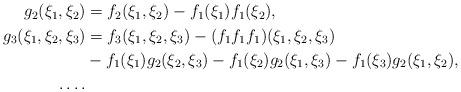
LaTeX: \begin{align*}\begin{aligned}g_2(\xi_1,\xi_2) &= f_2(\xi_1,\xi_2) - f_1(\xi_1) f_1(\xi_2),\\g_3(\xi_1,\xi_2,\xi_3) &= f_3(\xi_1,\xi_2,\xi_3) - (f_1f_1 f_1)(\xi_1,\xi_2,\xi_3) \\&- f_1(\xi_1) g_2(\xi_2,\xi_3) - f_1(\xi_2) g_2(\xi_1,\xi_3) - f_1(\xi_3) g_2(\xi_1,\xi_2), \\ \ldots .\end{aligned} \end{align*}